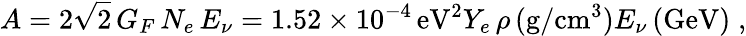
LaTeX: A=2\sqrt 2\, G_{F}\, N_{e}\, E_{\nu}=1.52\times 10^{-4}\, \mathrm{eV^{2}}Y_{e}\, \rho\, (\mathrm{g/cm^{3}})E_{\nu}\, (\mathrm{GeV)\; ,}